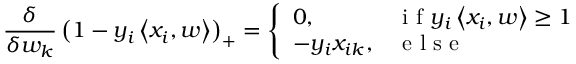
\frac { \delta } { \delta w _ { k } } \left( 1 - y _ { i } \left\langle x _ { i } , w \right\rangle \right) _ { + } = \left\{ \begin{array} { l l } { 0 , } & { \mathrm { ~ i ~ f ~ } y _ { i } \left\langle x _ { i } , w \right\rangle \geq 1 } \\ { - y _ { i } x _ { i k } , } & { \mathrm { ~ e ~ l ~ s ~ e ~ } } \end{array} \right.